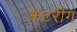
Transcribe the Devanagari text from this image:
केटरींग